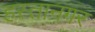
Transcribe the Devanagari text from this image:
हस्तानगर